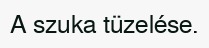
A szuka tüzelése.